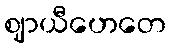
ဈာယီဟေတေ